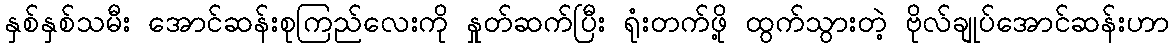
နှစ်နှစ်သမီး အောင်ဆန်းစုကြည်လေးကို နှုတ်ဆက်ပြီး ရုံးတက်ဖို့ ထွက်သွားတဲ့ ဗိုလ်ချုပ်အောင်ဆန်းဟာ